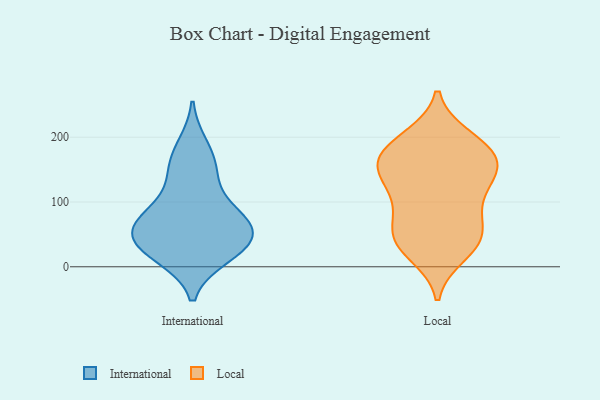
{"axis": {"x": "Latency (ms)", "y": "Value"}, "legend": ["International", "Local"], "data": [{"x": "", "y": 48, "type": "International"}, {"x": "", "y": 43, "type": "International"}, {"x": "", "y": 68, "type": "International"}, {"x": "", "y": 51, "type": "International"}, {"x": "", "y": 16, "type": "International"}, {"x": "", "y": 17, "type": "International"}, {"x": "", "y": 147, "type": "International"}, {"x": "", "y": 187, "type": "International"}, {"x": "", "y": 32, "type": "International"}, {"x": "", "y": 78, "type": "International"}, {"x": "", "y": 154, "type": "International"}, {"x": "", "y": 72, "type": "International"}, {"x": "", "y": 101, "type": "International"}, {"x": "", "y": 48, "type": "Local"}, {"x": "", "y": 195, "type": "Local"}, {"x": "", "y": 165, "type": "Local"}, {"x": "", "y": 51, "type": "Local"}, {"x": "", "y": 19, "type": "Local"}, {"x": "", "y": 116, "type": "Local"}, {"x": "", "y": 40, "type": "Local"}, {"x": "", "y": 165, "type": "Local"}, {"x": "", "y": 192, "type": "Local"}, {"x": "", "y": 200, "type": "Local"}, {"x": "", "y": 137, "type": "Local"}, {"x": "", "y": 92, "type": "Local"}, {"x": "", "y": 153, "type": "Local"}, {"x": "", "y": 112, "type": "Local"}, {"x": "", "y": 49, "type": "Local"}, {"x": "", "y": 148, "type": "Local"}, {"x": "", "y": 171, "type": "Local"}, {"x": "", "y": 27, "type": "Local"}, {"x": "", "y": 156, "type": "Local"}, {"x": "", "y": 80, "type": "Local"}]}